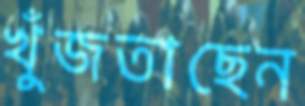
খুঁজতাছেন